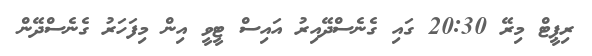
ރިޕީޓް މިރޭ 20:30 ގަައި ގެނެސްދޭއިރު އައިސް ޓީވީ އިން މިފަަހަރު ގެނެސްދޭން